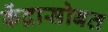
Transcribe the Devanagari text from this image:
केंद्रासोबत